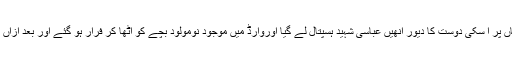
جس کے بعد وہ کراچی چلی گئی جہاں پر اُ سکی دوست کا دیور اُنھیں عباسی شہید ہسپتال لے گیا اوروارڈ میں موجود نومولود بچے کو اٹھا کر فرار ہو گئے اور بعد ازاں بچے کو لے کر واپس گجرات آگئے۔